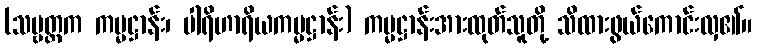
(သဗ္ဗတ္ထက ကမ္မဋ္ဌာန်း၊ ပါရိဟာရိယကမ္မဋ္ဌာန်း) ကမ္မဋ္ဌာန်းအားထုတ်သူတို့ သိထားဖွယ်ကောင်းလှ၏။